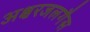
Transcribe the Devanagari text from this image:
अक्षरजलगैस